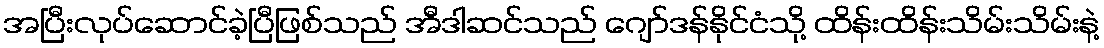
အပြီးလုပ်ဆောင်ခဲ့ပြီဖြစ်သည် အီဒါဆင်သည် ဂျော်ဒန်နိုင်ငံသို့ ထိန်းထိန်းသိမ်းသိမ်းနဲ့